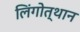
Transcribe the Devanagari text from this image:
लिंगोत्थान